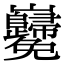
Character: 𡿢